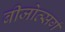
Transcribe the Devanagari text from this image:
बीजोत्सर्ग